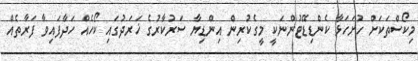
މިކޯސްތަކަށް ހުށަހަޅާ ކެންޑިޑޭޓުންނަކީ މީގެކުރިން އިންޑިޔާ ސަރުކާރުގެ ޚަރަދުގައި ކޯހެއް ހަދާފައިވާ ފަރާތެއް